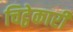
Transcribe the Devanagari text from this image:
चिट्ठेकारी